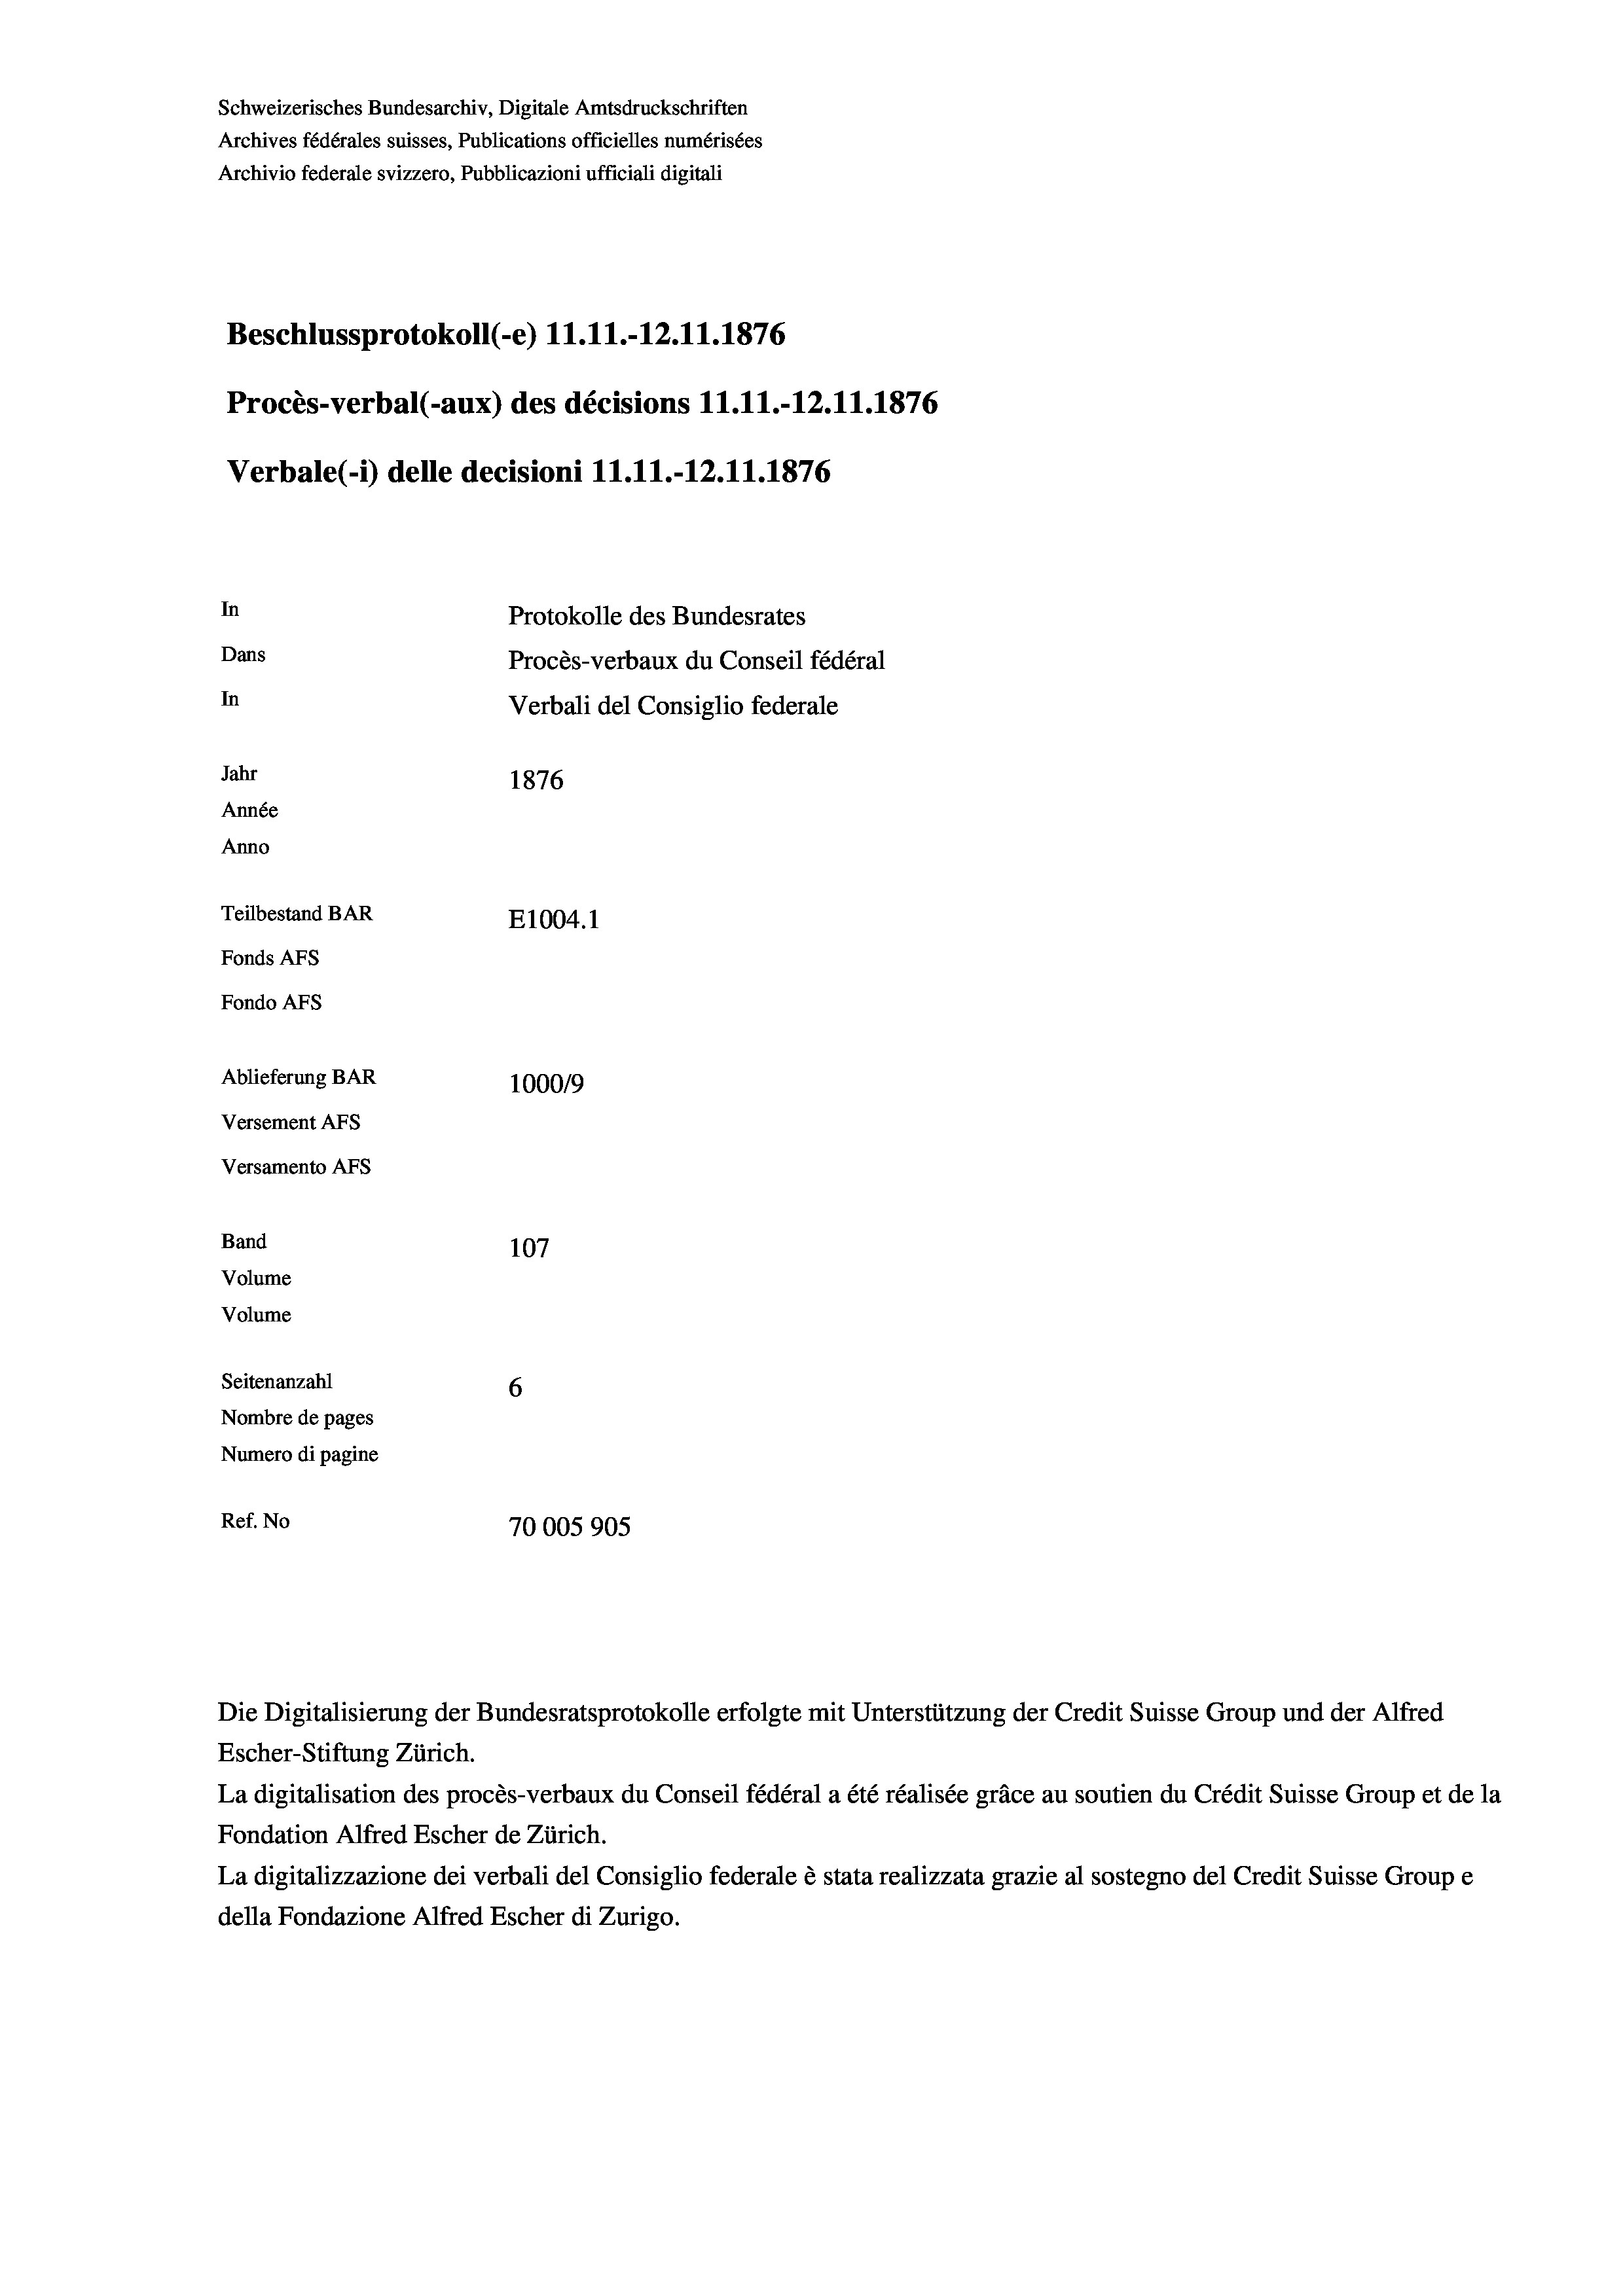
Schweizerisches Bundesarchiv, Digitale Amtsdruckschriften
Archives fédérales suisses, Publications officielles numérisées
Archivio federale svizzero, Pubblicazioni ufficiali digitali
Beschlussprotokoll (-e) 11.11.-12.11.1876
Procès-verbal (-aux) des décisions 11.11.-12.11.1876
Verbale (1) delle decisioni 11.11.-12.11.1876
In
Protokolle des Bundesrates
Dans
Procès-verbaux du Conseil fédéral
In
Verbali del Consiglio federale
Jahr
1876
Année
Anno
Teilbestand BAR
E1004. 1
Fonds Afs
Fondo AFS
Ablieferung BAR
100019
Versement AFs
Versamento Afs
Band
107
Volume
Volume
Seitenanzahl
6
Nombre de pages
Numero di pagine
Ref. No
70005 905

Escher-Stiftung Zürich.
La digitalisation des procès-verbaux du Conseil fédéral a été réalisée gräce au soutien du Crédit Suisse Group et de la
Fondation Alfred Escher de Zürich.
La digitalizzazione dei verbali del Consiglio federale è stata realizzata grazie al sostegno del Credit Suisse Groupe
della Fondazione Alfred Escher di Zurigo.

Die Digitalisierung der Bundesratsprotokolle erfolgte mit Unterstützung der Credit Suisse Group und der Alfred